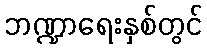
ဘဏ္ဍာရေးနှစ်တွင်